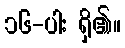
၁၆-ပါး ရှိ၏။